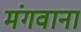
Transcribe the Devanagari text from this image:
मंगवाना